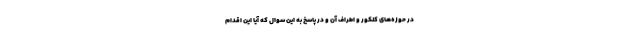
در حوزه‌های کنکور و اطراف آن و در پاسخ به این سوال که آیا این اقدام